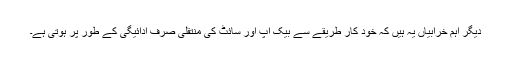
دیگر اہم خرابیاں یہ ہیں کہ خود کار طریقے سے بیک اپ اور سائٹ کی منتقلی صرف ادائیگی کے طور پر ہوتی ہے۔